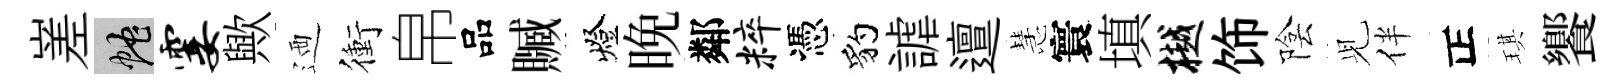
嵳蛇霎歟迺衝帛品贓燈晚鄰粹憑豹謔邅慧寰填樾饰陰𫤗伴正琪饗